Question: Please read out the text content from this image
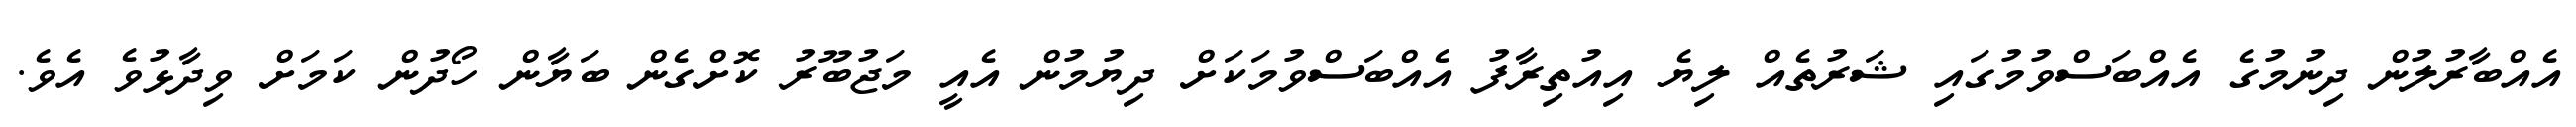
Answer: އެއްބާރުލުން ދިނުމުގެ އެއްބަސްވުމުގައި ޝަރުތެއް ލިޔެ އިއުތިރާފު އެއްބަސްވުމަކަށް ދިޔުމުން އެއީ މަޖުބޫރު ކޮށްގެން ބަޔާން ހޯދުން ކަމަށް ވިދާޅުވެ އެވެ.